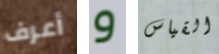
أعرف و القياس